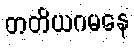
တတိယဂမနေ